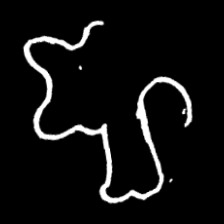
Pyu character \u2014 Myanmar letter: ဈ (romanized: jha)